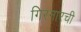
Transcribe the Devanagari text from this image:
गिरनारची